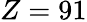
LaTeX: Z=91